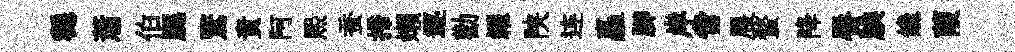
穩蕭伯腮鷖責阿煕蚕掃嬾逐勸糴陕连矗腳岸啻展蝥降唇腆饞葭